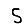
Digit: 5